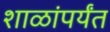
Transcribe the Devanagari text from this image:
शाळांपर्यंत